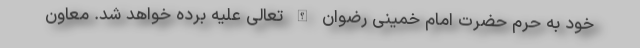
خود به حرم حضرت امام خمینی رضوان الله تعالی علیه برده خواهد شد. معاون